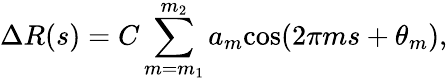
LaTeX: \Delta R(s)=C\sum_{m=m_{1}}^{m_{2}}a_{m}\mathrm{cos}(2\pi ms+\theta_{m}),